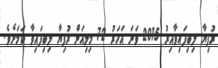
ރުފިޔާ ލިބިފައިވާއިރު 2015 ވަނަ އަހަރު 72 މިލިއަން ރުފިޔާ ލިބިފައިވާ ކަމަށެވެ.